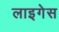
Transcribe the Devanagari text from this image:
लाइगेस